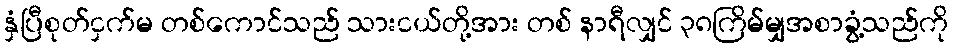
နှံပြီစုတ်ငှက်မ တစ်ကောင်သည် သားငယ်တို့အား တစ် နာရီလျှင် ၃၈ကြိမ်မျှအစာခွံ့သည်ကို